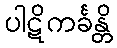
ပါဋိကင်္ခန္တိ